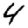
Digit: 4